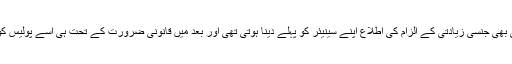
سابقہ پالیسی میں کسی بھی جنسی زیادتی کے الزام کی اطلاع اپنے سینیئر کو پہلے دینا ہوتی تھی اور بعد میں قانونی ضرورت کے تحت ہی اسے پولیس کو رپورٹ کیا جاتا تھا۔